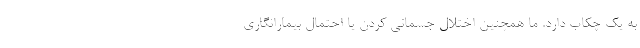
به یک چکاب دارد. ما همچنین اختلال جسمانی کردن یا احتمال بیمارانگاری